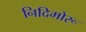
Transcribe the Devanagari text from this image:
निदिमोरू